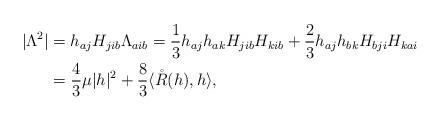
LaTeX: \begin{align*} |\Lambda^2|&=h_{aj}H_{jib}\Lambda_{aib}=\frac{1}{3}h_{aj}h_{ak}H_{jib}H_{kib}+\frac{2}{3}h_{aj}h_{bk}H_{bji}H_{kai} \\&=\frac{4}{3}\mu|h|^2+\frac{8}{3}\langle\mathring{R}(h),h \rangle,\end{align*}